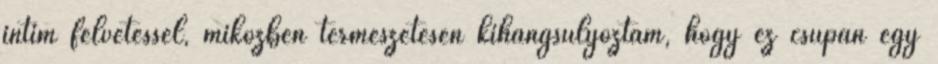
intim felvetéssel, miközben természetesen kihangsúlyoztam, hogy ez csupán egy